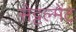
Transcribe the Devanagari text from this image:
सेट्टल्मेंट